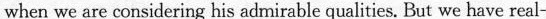
when we are considering his admirable qualities. But we have real-